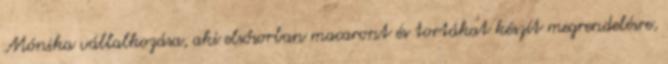
Mónika vállalkozása, aki elsősorban macaront és tortákat készít megrendelésre,